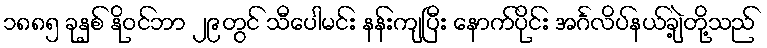
၁၈၈၅ ခုနှစ် နိုဝင်ဘာ ၂၉တွင် သီပေါမင်း နန်းကျပြီး နောက်ပိုင်း အင်္ဂလိပ်နယ်ချဲ့တို့သည်